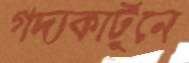
গদ্যকার্টুনে